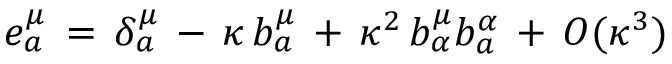
e _ { a } ^ { \mu } \, = \, \delta _ { a } ^ { \mu } \, - \, \kappa \, b _ { a } ^ { \mu } \, + \, \kappa ^ { 2 } \, b _ { \alpha } ^ { \mu } b _ { a } ^ { \alpha } \, + \, O ( \kappa ^ { 3 } )